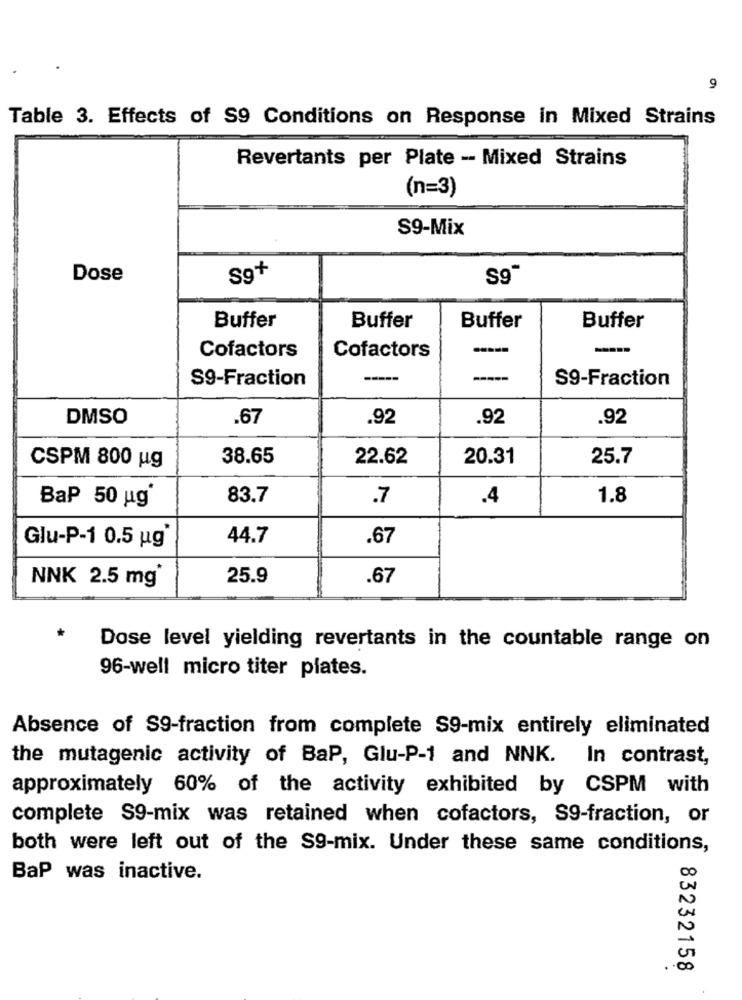
9
Table 3. Effects of S9 Conditions on Response in Mixed Strains
Revertants per Plate - Mixed Strains
(n=3)
S9-Mix
Dose
Sg+
Buffer
Buffer
Buffer
Buffer
---
Cofactors
Cofactors
S9-Fraction
S9-Fraction
DMSO
.67
.92
.92
.92
38.65
22.62
20.31
25.7
CSPM 800 ug
BaP 50 ug
83.7
.7
.4
1.8
44.7
.67
Glu-P-1 0.5 ug
NNK 2.5 mg
25.9
.67
Dose level yielding revertants in the countable range on
96-well micro titer plates.
Absence of S9-fraction from complete S9-mix entirely eliminated
the mutagenic activity of BaP, Glu-P-1 and NNK. In contrast,
approximately 60% of the activity exhibited by CSPM with
complete S9-mix was retained when cofactors, S9-fraction, or
both were left out of the S9-mix. Under these same conditions,
BaP was inactive.
83232158